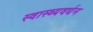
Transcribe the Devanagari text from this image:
स्वास्थ्यवर्धन